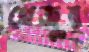
খেজুর